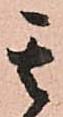
其